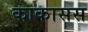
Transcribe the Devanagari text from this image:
काकासस